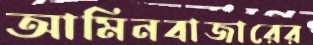
আমিনবাজারের